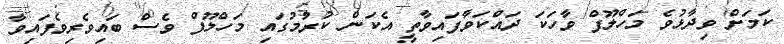
ކަމަށް ވިދާޅުވެ މަހްލޫފް ވާހަކަ ދައްކަވާފައިވާތީ އެކަން ކުރުމުގައި މަހްލޫފް ވެސް ބައިވެރިވެފައިވާ